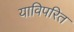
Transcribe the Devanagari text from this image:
याविपरित